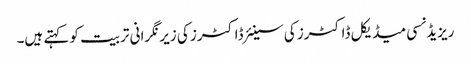
ریزیڈنسی میڈیکل ڈاکٹرز کی سینئر ڈاکٹرز کی زیر نگرانی تربیت کو کہتے ہیں۔